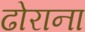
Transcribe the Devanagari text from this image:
ढोराना